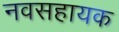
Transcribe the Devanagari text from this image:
नवसहायक